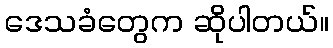
ဒေသခံတွေက ဆိုပါတယ်။